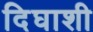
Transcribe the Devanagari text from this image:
दिघाशी